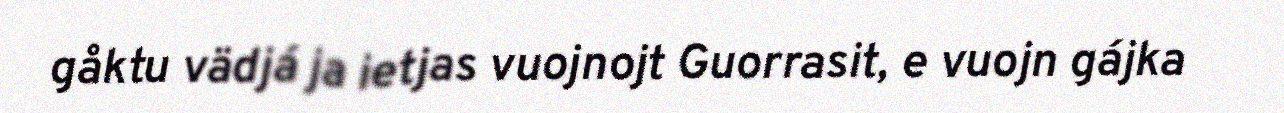
gåktu vädjá ja ietjas vuojnojt Guorrasit, e vuojn gájka